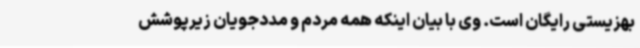
بهزیستی رایگان است. وی با بیان اینکه همه مردم و مددجویان زیرپوشش